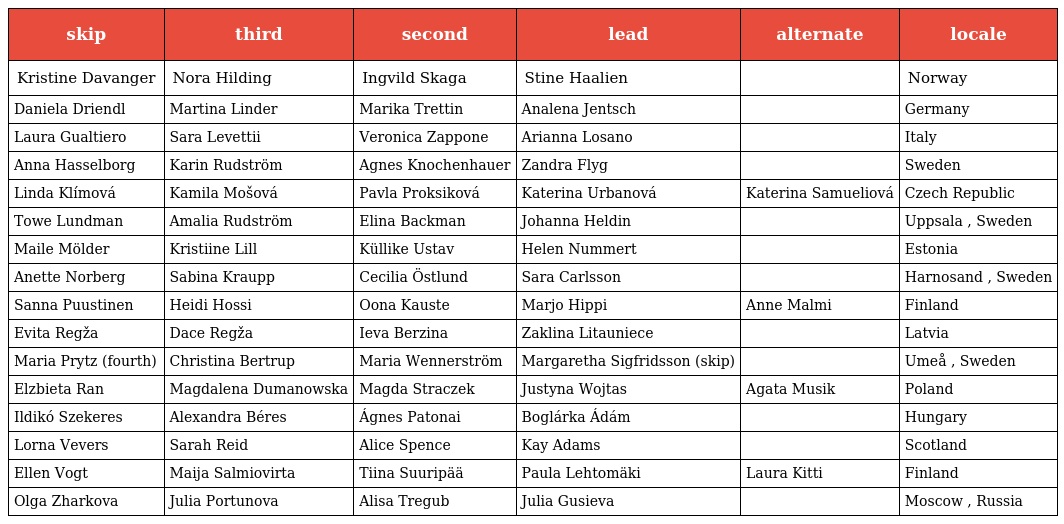
| skip | third | second | lead | alternate | locale |
 | --- | --- | --- | --- | --- | --- |
 | Kristine Davanger | Nora Hilding | Ingvild Skaga | Stine Haalien |  | Norway |
 | Daniela Driendl | Martina Linder | Marika Trettin | Analena Jentsch |  | Germany |
 | Laura Gualtiero | Sara Levettii | Veronica Zappone | Arianna Losano |  | Italy |
 | Anna Hasselborg | Karin Rudström | Agnes Knochenhauer | Zandra Flyg |  | Sweden |
 | Linda Klímová | Kamila Mošová | Pavla Proksiková | Katerina Urbanová | Katerina Samueliová | Czech Republic |
 | Towe Lundman | Amalia Rudström | Elina Backman | Johanna Heldin |  | Uppsala , Sweden |
 | Maile Mölder | Kristiine Lill | Küllike Ustav | Helen Nummert |  | Estonia |
 | Anette Norberg | Sabina Kraupp | Cecilia Östlund | Sara Carlsson |  | Harnosand , Sweden |
 | Sanna Puustinen | Heidi Hossi | Oona Kauste | Marjo Hippi | Anne Malmi | Finland |
 | Evita Regža | Dace Regža | Ieva Berzina | Zaklina Litauniece |  | Latvia |
 | Maria Prytz (fourth) | Christina Bertrup | Maria Wennerström | Margaretha Sigfridsson (skip) |  | Umeå , Sweden |
 | Elzbieta Ran | Magdalena Dumanowska | Magda Straczek | Justyna Wojtas | Agata Musik | Poland |
 | Ildikó Szekeres | Alexandra Béres | Ágnes Patonai | Boglárka Ádám |  | Hungary |
 | Lorna Vevers | Sarah Reid | Alice Spence | Kay Adams |  | Scotland |
 | Ellen Vogt | Maija Salmiovirta | Tiina Suuripää | Paula Lehtomäki | Laura Kitti | Finland |
 | Olga Zharkova | Julia Portunova | Alisa Tregub | Julia Gusieva |  | Moscow , Russia |